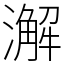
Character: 澥